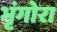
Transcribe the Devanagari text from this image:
भृंगोरा